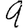
Digit: 9